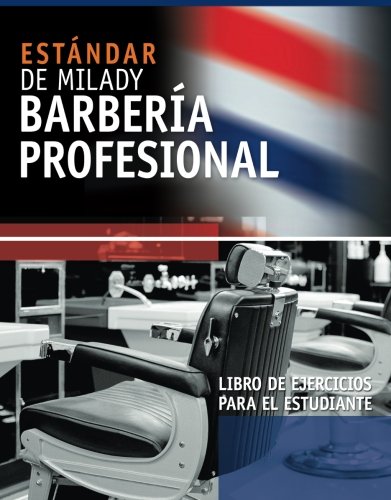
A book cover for Spanish Translated Workbook for Milady's Standard Professional Barbering; Milady; Business & Money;